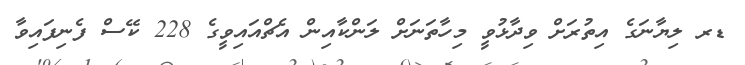
ޑރ ލިޔާނަގެ އިތުރަށް ވިދާޅުވީ މިހާތަނަށް ލަންކާއިން އެޗްއައިވީގެ 228 ކޭސް ފެނިފައިވާ